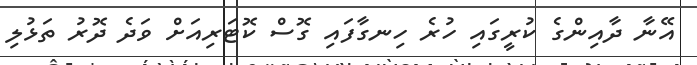
އޭނާ ދާއިންގެ ކުރީގައި ހުރެ ހިނގާފައި ގޮސް ކޮޓަރިއަށް ވަދެ ދޮރު ތަޅުލި